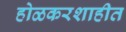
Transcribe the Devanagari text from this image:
होळकरशाहीत